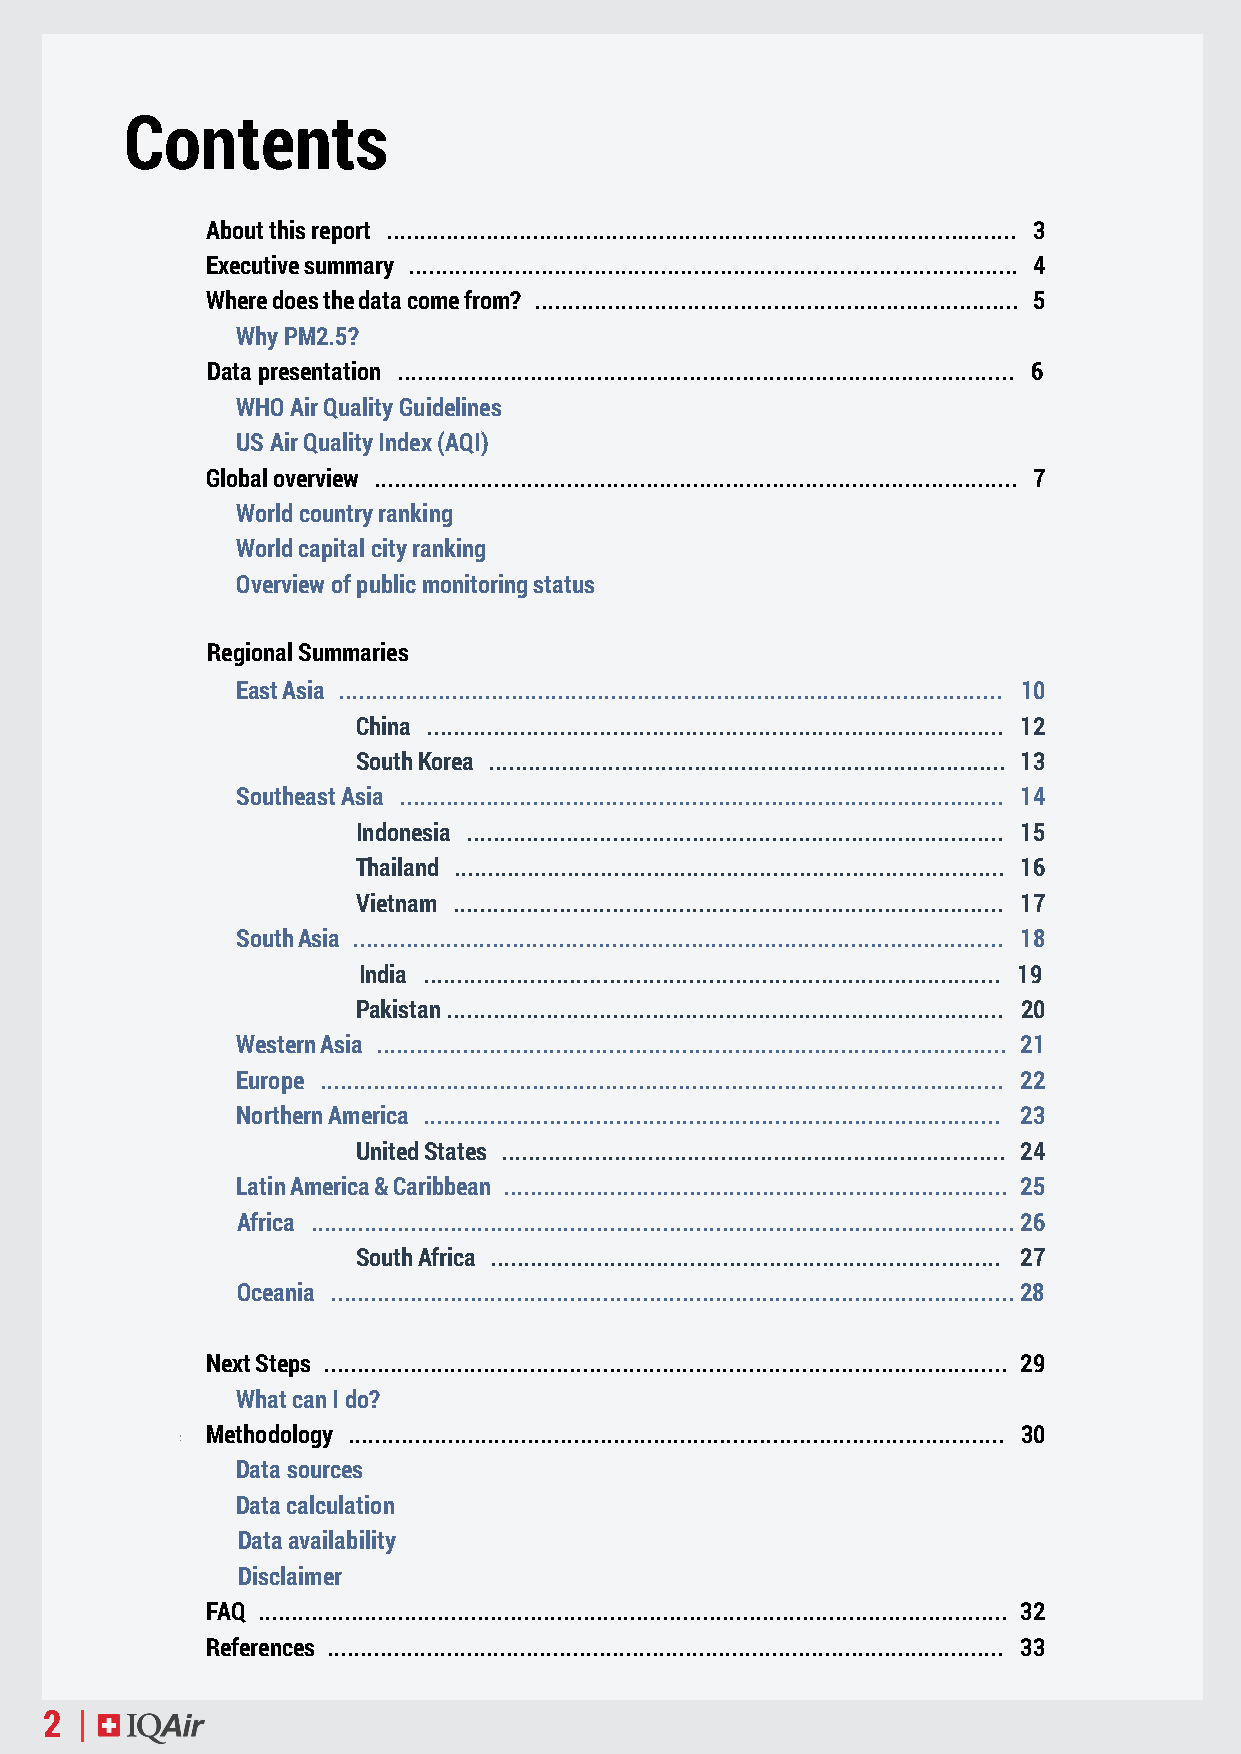
Contents
 About this report ............................................................................................... 3
 Executive summary ............................................................................................ 4
 Where does the data come from? ......................................................................... 5
 Why PM2.5?
 Data presentation ............................................................................................. 6
 WHO Air Quality Guidelines
 US Air Quality Index (AQI)
 Global overview ................................................................................................. 7
 World country ranking
 World capital city ranking
 Overview of public monitoring status
 Regional Summaries
 East Asia .................................................................................................... 10
 China ....................................................................................... 12
 South Korea .............................................................................. 13
 Southeast Asia ........................................................................................... 14
 Indonesia ................................................................................. 15
 Thailand ................................................................................... 16
 Vietnam ................................................................................... 17
 South Asia .................................................................................................. 18
 India ....................................................................................... 19
 Pakistan .................................................................................... 20
 Western Asia ............................................................................................... 21
 Europe ....................................................................................................... 22
 Northern America ....................................................................................... 23
 United States ............................................................................ 24
 Latin America & Caribbean ............................................................................ 25
 Africa .......................................................................................................... 26
 South Africa ............................................................................. 27
 Oceania ....................................................................................................... 28
 Next Steps ....................................................................................................... 29
 What can I do?
 Methodology ................................................................................................... 30
 Data sources
 Data calculation
 Data availability
 Disclaimer
 FAQ ................................................................................................................. 32
 References ...................................................................................................... 33
 2 |